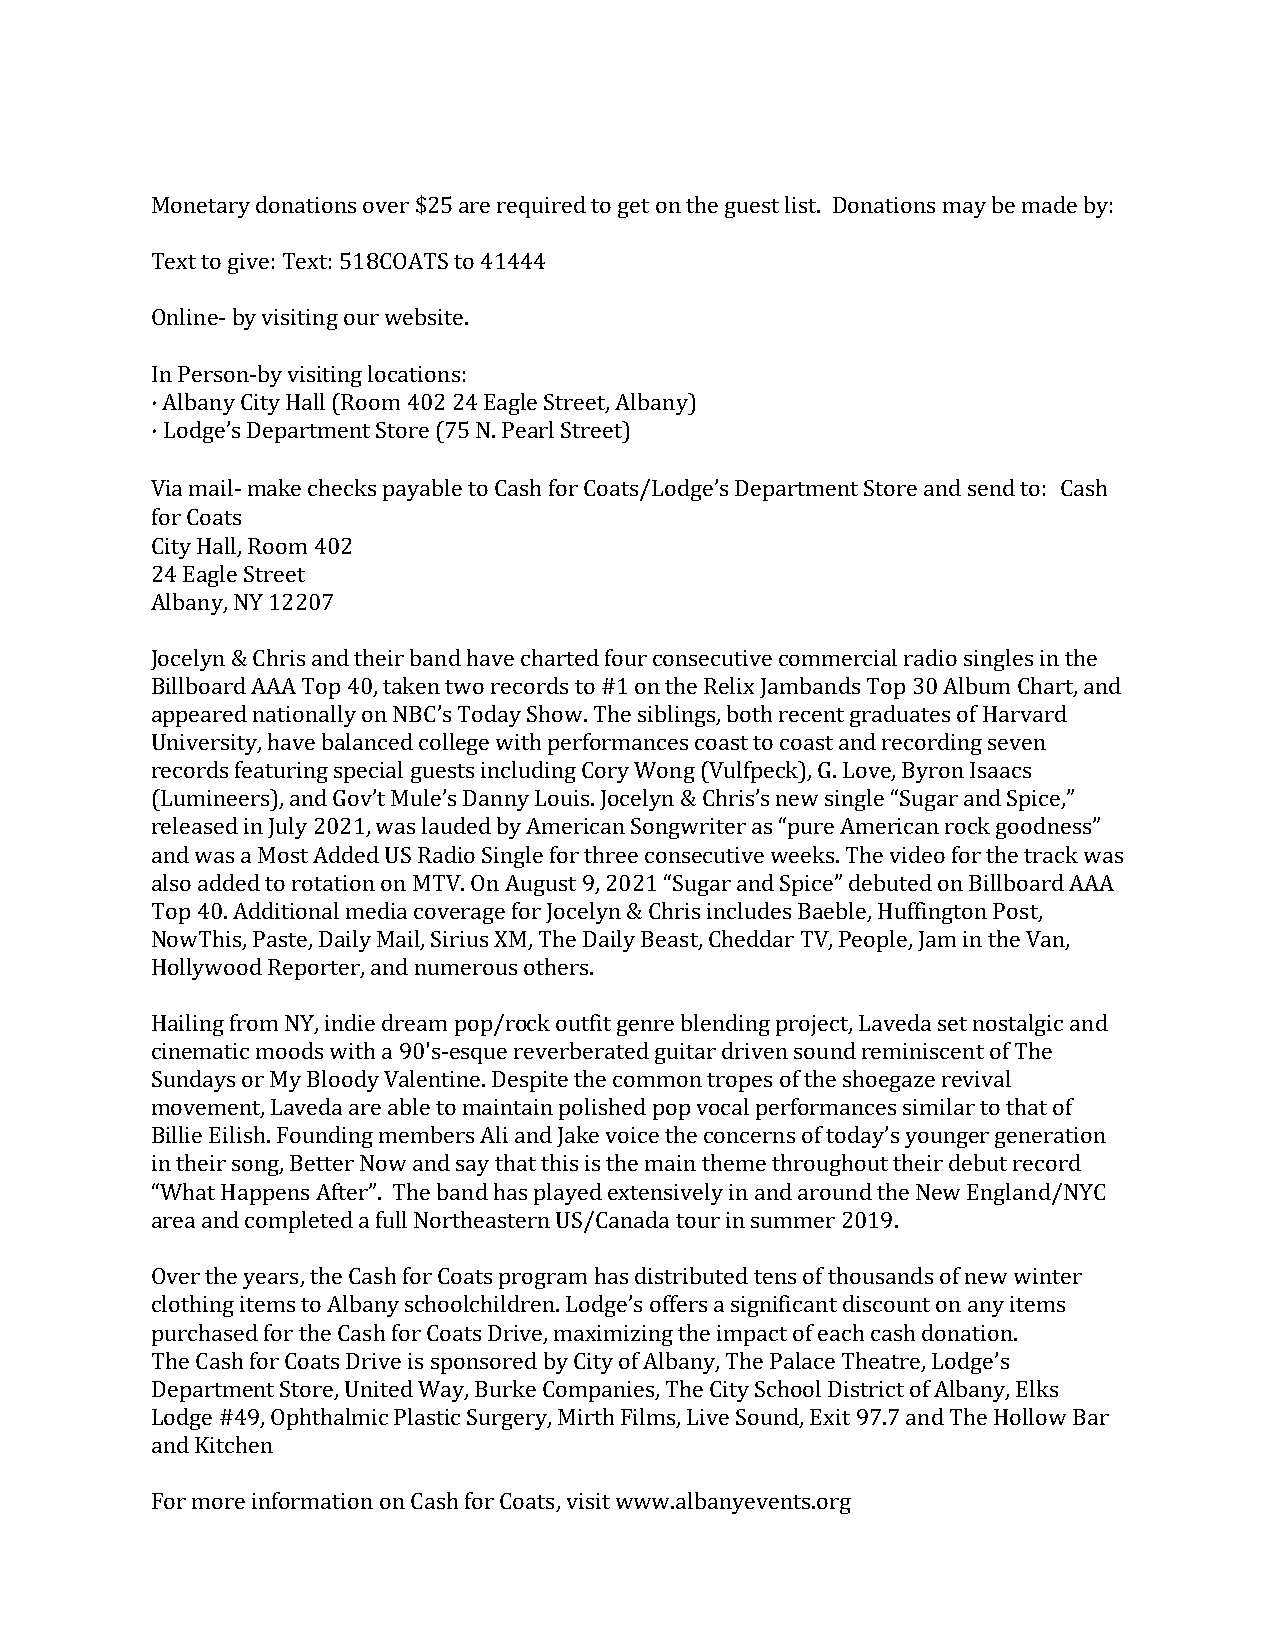
Monetary donations over $25 are required to get on the guest list. Donations may be made by:
 Text to give: Text: 518COATS to 41444
 Online- by visiting our website.
 In Person-by visiting locations:
 · Albany City Hall (Room 402 24 Eagle Street, Albany)
 · Lodge’s Department Store (75 N. Pearl Street)
 Via mail- make checks payable to Cash for Coats/Lodge’s Department Store and send to: Cash
 for Coats
 City Hall, Room 402
 24 Eagle Street
 Albany, NY 12207
 Jocelyn & Chris and their band have charted four consecutive commercial radio singles in the
 Billboard AAA Top 40, taken two records to #1 on the Relix Jambands Top 30 Album Chart, and
 appeared nationally on NBC’s Today Show. The siblings, both recent graduates of Harvard
 University, have balanced college with performances coast to coast and recording seven
 records featuring special guests including Cory Wong (Vulfpeck), G. Love, Byron Isaacs
 (Lumineers), and Gov’t Mule’s Danny Louis. Jocelyn & Chris’s new single “Sugar and Spice,”
 released in July 2021, was lauded by American Songwriter as “pure American rock goodness”
 and was a Most Added US Radio Single for three consecutive weeks. The video for the track was
 also added to rotation on MTV. On August 9, 2021 “Sugar and Spice” debuted on Billboard AAA
 Top 40. Additional media coverage for Jocelyn & Chris includes Baeble, Huffington Post,
 NowThis, Paste, Daily Mail, Sirius XM, The Daily Beast, Cheddar TV, People, Jam in the Van,
 Hollywood Reporter, and numerous others.
 Hailing from NY, indie dream pop/rock outfit genre blending project, Laveda set nostalgic and
 cinematic moods with a 90's-esque reverberated guitar driven sound reminiscent of The
 Sundays or My Bloody Valentine. Despite the common tropes of the shoegaze revival
 movement, Laveda are able to maintain polished pop vocal performances similar to that of
 Billie Eilish. Founding members Ali and Jake voice the concerns of today’s younger generation
 in their song, Better Now and say that this is the main theme throughout their debut record
 “What Happens After”. The band has played extensively in and around the New England/NYC
 area and completed a full Northeastern US/Canada tour in summer 2019.
 Over the years, the Cash for Coats program has distributed tens of thousands of new winter
 clothing items to Albany schoolchildren. Lodge’s offers a significant discount on any items
 purchased for the Cash for Coats Drive, maximizing the impact of each cash donation.
 The Cash for Coats Drive is sponsored by City of Albany, The Palace Theatre, Lodge’s
 Department Store, United Way, Burke Companies, The City School District of Albany, Elks
 Lodge #49, Ophthalmic Plastic Surgery, Mirth Films, Live Sound, Exit 97.7 and The Hollow Bar
 and Kitchen
 For more information on Cash for Coats, visit www.albanyevents.org